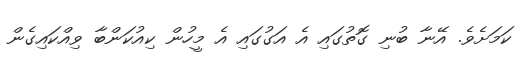
ކަމަށެވެ. އޭނާ ބުނި ގޮތުގައި އެ އަގުގައި އެ މީހުން ކިއުކަންބާ ވިއްކައިގެން